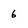
Character: 6